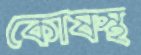
কোষস্থ